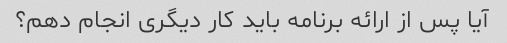
آیا پس از ارائه برنامه باید کار دیگری انجام دهم؟